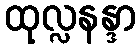
ထုလ္လနန္ဒာ